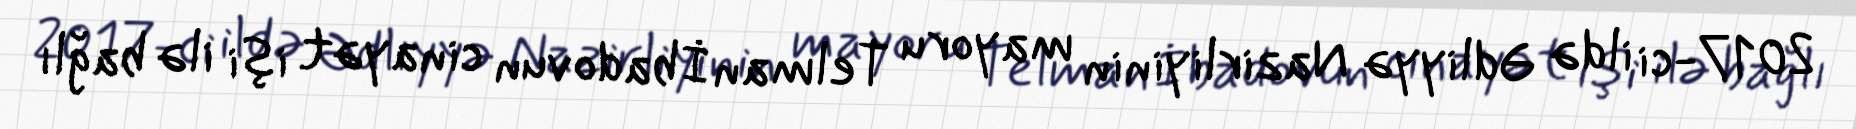
2017-ci ildə Ədliyyə Nazirliyinin mayoru Telman İbadovun cinayət işi ilə bağlı